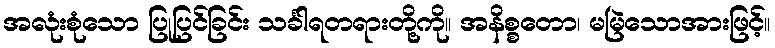
အလုံးစုံသော ပြုပြင်ခြင်း သင်္ခါရတရားတို့ကို။ အနိစ္စတော၊ မမြဲသောအားဖြင့်။